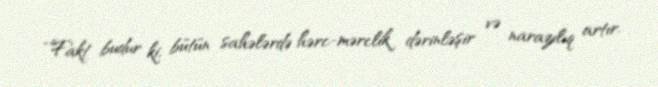
“Fakt budur ki, bütün sahələrdə hərc-mərclik dərinləşir və narazılıq artır.